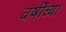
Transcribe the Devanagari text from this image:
वर्षींच्या